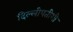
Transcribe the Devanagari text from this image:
दिल्लीपतीशी